Report on the lunatic asylums under the Government of Bombay - 1904-1913
Year: 1904
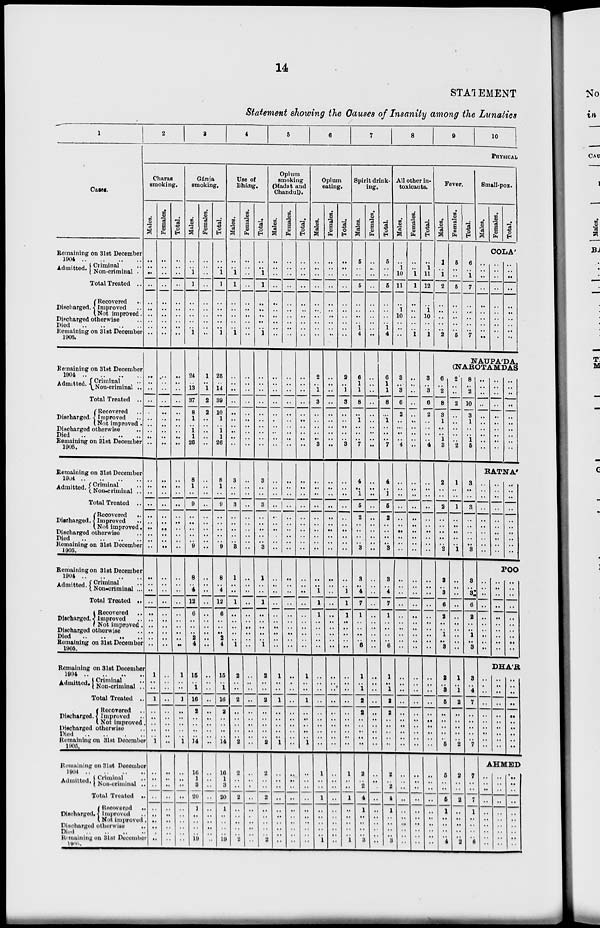
14
STATEMENT
Statement showing the Causes of Insanity among the Lunatics
1
Cases.
Remaining on 31st December
1904 .. .. .. ..
Admitted. Criminal ..
Non-criminal ..
Total Treated ..
Discharged.
Recovered ..
Improved ..
Not improved ..
Discharged otherwise ..
Died .. .. .. ..
Remaining on 31st December
1905.
Remaining on 31st December
1904 .. .. .. ..
Admitted. Criminal ..
Non-criminal ..
Total Treated ..
Discharged.
Recovered ..
Improved ..
Not improved.
Discharged otherwise ..
Died .. .. .. ..
Remaining on 31st December
1905.
Remaining on 31st December
1904
..
..
..
..
Admitted. Criminal ..
Non-criminal ..
Total Treated ..
Discharged.
Recovered ..
Improved ..
Not improved.
Discharged otherwise ..
Died .. .. .. ..
Remaining on 31st December
1905.
Remaining on 31st December
1904 .. .. .. ..
Admitted. Criminal ..
Non-criminal ...
Total Treated ..
Discharged.
Recovered ..
Improved ..
Not improved.
Discharged otherwise ..
Died .. .. .. ..
Remaining on 31st December
1905.
Remaining on 31st December
1904
..
..
..
..
Admitted. Criminal ..
Non-criminal ..
Total Treated ..
Discharged.
Recovered ..
Improved ..
Not improved ..
Discharged otherwise ..
Died
..
..
..
..
Remaining on 31st December
1905.
Remaining on 31st December
1904 .. .. .. ..
Admitted. Criminal ..
Non-criminal ..
Total Treated ..
Discharged.
Recovered ..
Improved ..
Not improved ..
Discharged otherwise ..
Died .. .. .. ..
Remaining on 31st December
1905.
2
3
4
5
6
7
8
9
10
PHYSICAL
Charas
smoking.
Males.
..
..
..
..
..
..
..
..
..
..
..
..
..
..
..
..
..
..
..
..
..
..
..
..
..
..
..
..
..
..
..
..
..
..
..
..
..
..
..
..
1
..
..
1
..
..
..
..
..
1
..
..
..
..
..
..
..
..
..
..
Females.
..
..
..
..
..
..
..
..
..
..
..
..
..
..
..
..
..
..
..
..
..
..
..
..
..
..
..
..
..
..
..
..
..
..
..
..
..
..
..
..
..
..
..
..
..
..
..
..
..
..
..
..
..
..
..
..
..
..
..
..
Total.
..
..
..
..
..
..
..
..
..
..
..
..
..
..
..
..
..
..
..
..
..
..
..
..
..
..
..
..
..
..
..
..
..
..
..
..
..
..
..
..
1
..
..
1
..
..
..
..
..
1
..
..
..
..
..
..
..
..
..
..
Gánja
smoking.
Males.
..
..
1
1
..
..
..
..
..
1
24
..
13
37
8
1
..
1
1
26
8
1
..
9
..
..
..
..
..
9
8
..
4
12
6
..
..
..
2
4
15
..
1
16
2
..
..
..
..
14
16
1
3
20
1
..
..
..
..
19
Females.
..
..
..
..
..
..
..
..
..
..
1
..
1
2
2
..
..
..
..
..
..
..
..
..
..
..
..
..
..
..
..
..
..
..
..
..
..
..
..
..
..
..
..
..
..
..
..
..
..
..
..
..
..
..
..
..
..
..
..
..
Total.
..
..
1
1
..
..
..
..
..
1
25
..
14
39
10
1
..
1
1
26
8
1
..
9
..
..
..
..
..
9
8
..
4
12
6
..
..
..
2
4
15
..
1
16
2
..
..
..
..
14
16
1
3
20
1
..
..
..
..
19
Use of
Bháng.
Males.
..
..
1
1
..
..
..
..
..
1
..
..
..
..
..
..
..
..
..
..
3
..
..
3
..
..
..
..
..
3
1
..
..
1
..
..
..
..
..
1
2
..
..
2
..
..
..
..
..
2
2
..
..
2
..
..
..
..
..
2
Females.
..
..
..
..
..
..
..
..
..
..
..
..
..
..
..
..
..
..
..
..
..
..
..
..
..
..
..
..
..
..
..
..
..
..
..
..
..
..
..
..
..
..
..
..
..
..
..
..
..
..
..
..
..
..
..
..
..
..
..
..
Total.
..
..
1
1
..
..
..
..
..
1
..
..
..
..
..
..
..
..
..
..
3
..
..
3
..
..
..
..
..
3
1
..
..
1
..
..
..
..
..
1
2
..
..
2
..
..
..
..
..
2
2
..
..
2
..
..
..
..
..
2
Opium
smoking
(Madat and
Chandul).
Males.
..
..
..
..
..
..
..
..
..
..
..
..
..
..
..
..
..
..
..
..
..
..
..
..
..
..
..
..
..
..
..
..
..
..
..
..
..
..
..
..
1
..
..
1
..
..
..
..
..
1
..
..
..
..
..
..
..
..
..
..
Females.
..
..
..
..
..
..
..
..
..
..
..
..
..
..
..
..
..
..
..
..
..
..
..
..
..
..
..
..
..
..
..
..
..
..
..
..
..
..
..
..
..
..
..
..
..
..
..
..
..
..
..
..
..
..
..
..
..
..
..
..
Total.
..
..
..
..
..
..
..
..
..
..
..
..
..
..
..
..
..
..
..
..
..
..
..
..
..
..
..
..
..
..
..
..
..
..
..
..
..
..
..
..
1
..
..
1
..
..
..
..
..
1
..
..
..
..
..
..
..
..
..
..
Opium
eating.
Males.
..
..
..
..
..
..
..
..
..
..
2
..
1
3
..
..
..
..
..
3
..
..
..
..
..
..
..
..
..
..
..
..
1
1
1
..
..
..
..
..
..
..
..
..
..
..
..
..
..
..
1
..
..
1
..
..
..
..
..
1
Females.
..
..
..
..
..
..
..
..
..
..
..
..
..
..
..
..
..
..
..
..
..
..
..
..
..
..
..
..
..
..
..
..
..
..
..
..
..
..
..
..
..
..
..
..
..
..
..
..
..
..
..
..
..
..
..
..
..
..
..
..
Total.
..
..
..
..
..
..
..
..
..
..
2
..
1
3
..
..
..
..
..
3
..
..
..
..
..
..
..
..
..
..
..
..
1
1
1
..
..
..
..
..
..
..
..
..
..
..
..
..
..
..
1
..
..
1
..
..
..
..
..
1
Spirit drink-
ing.
Males.
5
..
..
5
..
..
..
..
1
4
6
1
1
8
..
1
..
..
..
7
4
..
1
5
2
..
..
..
..
3
3
..
4
7
1
..
..
..
..
6
1
..
1
2
2
..
..
..
..
..
2
..
2
4
1
..
..
..
..
3
Females.
..
..
..
..
..
..
..
..
..
..
..
..
..
..
..
..
..
..
..
..
..
..
..
..
..
..
..
..
..
..
..
..
..
..
..
..
..
..
..
..
..
..
..
..
..
..
..
..
..
..
..
..
..
..
..
..
..
..
..
..
Total.
5
..
..
5
..
..
..
..
1
4
6
1
1
8
..
1
..
..
..
7
4
..
1
5
2
..
..
..
..
3
3
..
4
7
1
..
..
..
..
6
1
..
1
2
2
..
..
..
..
..
2
..
2
4
1
..
..
..
..
3
All other in-
toxicants.
Males.
..
1
10
11
..
1
10
..
..
..
3
..
3
6
2
..
..
..
..
4
..
..
..
..
..
..
..
..
..
..
..
..
..
..
..
..
..
..
..
..
..
..
..
..
..
..
..
..
..
..
..
..
..
..
..
..
..
..
..
..
Females.
..
..
1
1
..
..
..
..
..
1
..
..
..
..
..
..
..
..
..
..
..
..
..
..
..
..
..
..
..
..
..
..
..
..
..
..
..
..
..
..
..
..
..
..
..
..
..
..
..
..
..
..
..
..
..
..
..
..
..
..
Total.
..
1
11
12
..
1
10
..
..
1
3
..
3
6
2
..
..
..
..
4
..
..
..
..
..
..
..
..
..
..
..
..
..
..
..
..
..
..
..
..
..
..
..
..
..
..
..
..
..
..
..
..
..
..
..
..
..
..
..
..
Fever.
Males.
1
..
1
2
..
..
..
..
..
2
6
..
2
8
3
1
..
..
1
3
2
..
..
2
..
..
..
..
..
2
3
..
3
6
2
..
..
1
..
3
2
..
3
5
..
..
..
..
..
5
5
..
..
5
1
..
..
..
..
4
Females.
5
..
..
5
..
..
..
..
..
5
Total.
6
..
1
7
..
..
..
..
..
7
Small-pox.
Males.
Females.
Total.
COLA
..
..
..
..
..
..
..
..
..
..
..
..
..
..
..
..
..
..
..
..
..
..
..
..
..
..
..
..
..
..
NAUPADA,
(NAROTAMDAS
2
..
..
2
..
..
..
..
..
2
1
..
..
1
..
..
..
..
..
1
..
..
..
..
..
..
..
..
..
..
1
..
1
2
..
..
..
..
..
2
2
..
..
2
..
..
..
..
..
2
8
..
2
10
3
1
..
..
1
5
3
..
..
3
..
..
..
..
..
3
3
..
3
6
2
..
..
1
..
3
3
..
4
7
..
..
..
..
..
7
7
..
..
7
1
..
..
..
..
6
..
..
..
..
..
..
..
..
..
..
..
..
..
..
..
..
..
..
..
..
..
..
..
..
..
..
..
..
..
..
RATNA'
..
..
..
..
..
..
..
..
..
..
..
..
..
..
..
..
..
..
..
..
..
..
..
..
..
..
..
..
..
..
POO
..
..
..
..
..
..
..
..
..
..
..
..
..
..
..
..
..
..
..
..
..
..
..
..
..
..
..
..
..
..
DHA'R
..
..
..
..
..
..
..
..
..
..
..
..
..
..
..
..
..
..
..
..
..
..
..
..
..
..
..
..
..
..
AHMED
..
..
..
..
..
..
..
..
..
..
..
..
..
..
..
..
..
..
..
..
..
..
..
..
..
..
..
..
..
..